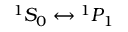
^ 1 S _ { 0 } \leftrightarrow { } ^ { 1 } P _ { 1 }